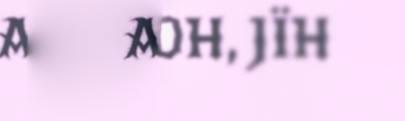
AHKEDH, JÏH